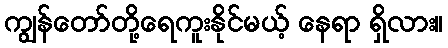
ကျွန်တော်တို့ရေကူးနိုင်မယ့် နေရာ ရှိလား။